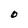
Character: O